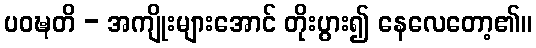
ပဝဍ္ဎတိ - အကျိုးများအောင် တိုးပွား၍ နေလေတော့၏။